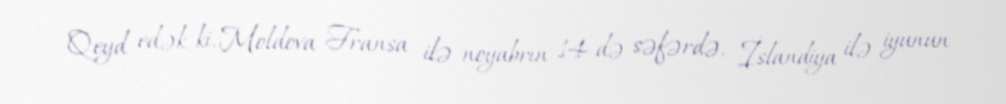
Qeyd edək ki, Moldova Fransa ilə noyabrın 14-də səfərdə, İslandiya ilə iyunun